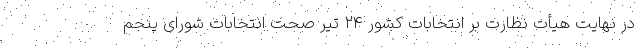
در نهایت هیأت نظارت بر انتخابات کشور ۲۴ تیر صحت انتخابات شورای پنجم